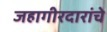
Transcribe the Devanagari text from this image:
जहागीरदारांचे